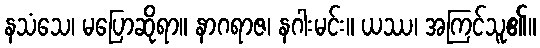
နသံသေ၊ မပြောဆိုရာ။ နာဂရာဇ၊ နဂါးမင်း။ ယဿ၊ အကြင်သူ၏။